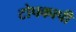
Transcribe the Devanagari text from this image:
टोपकापी